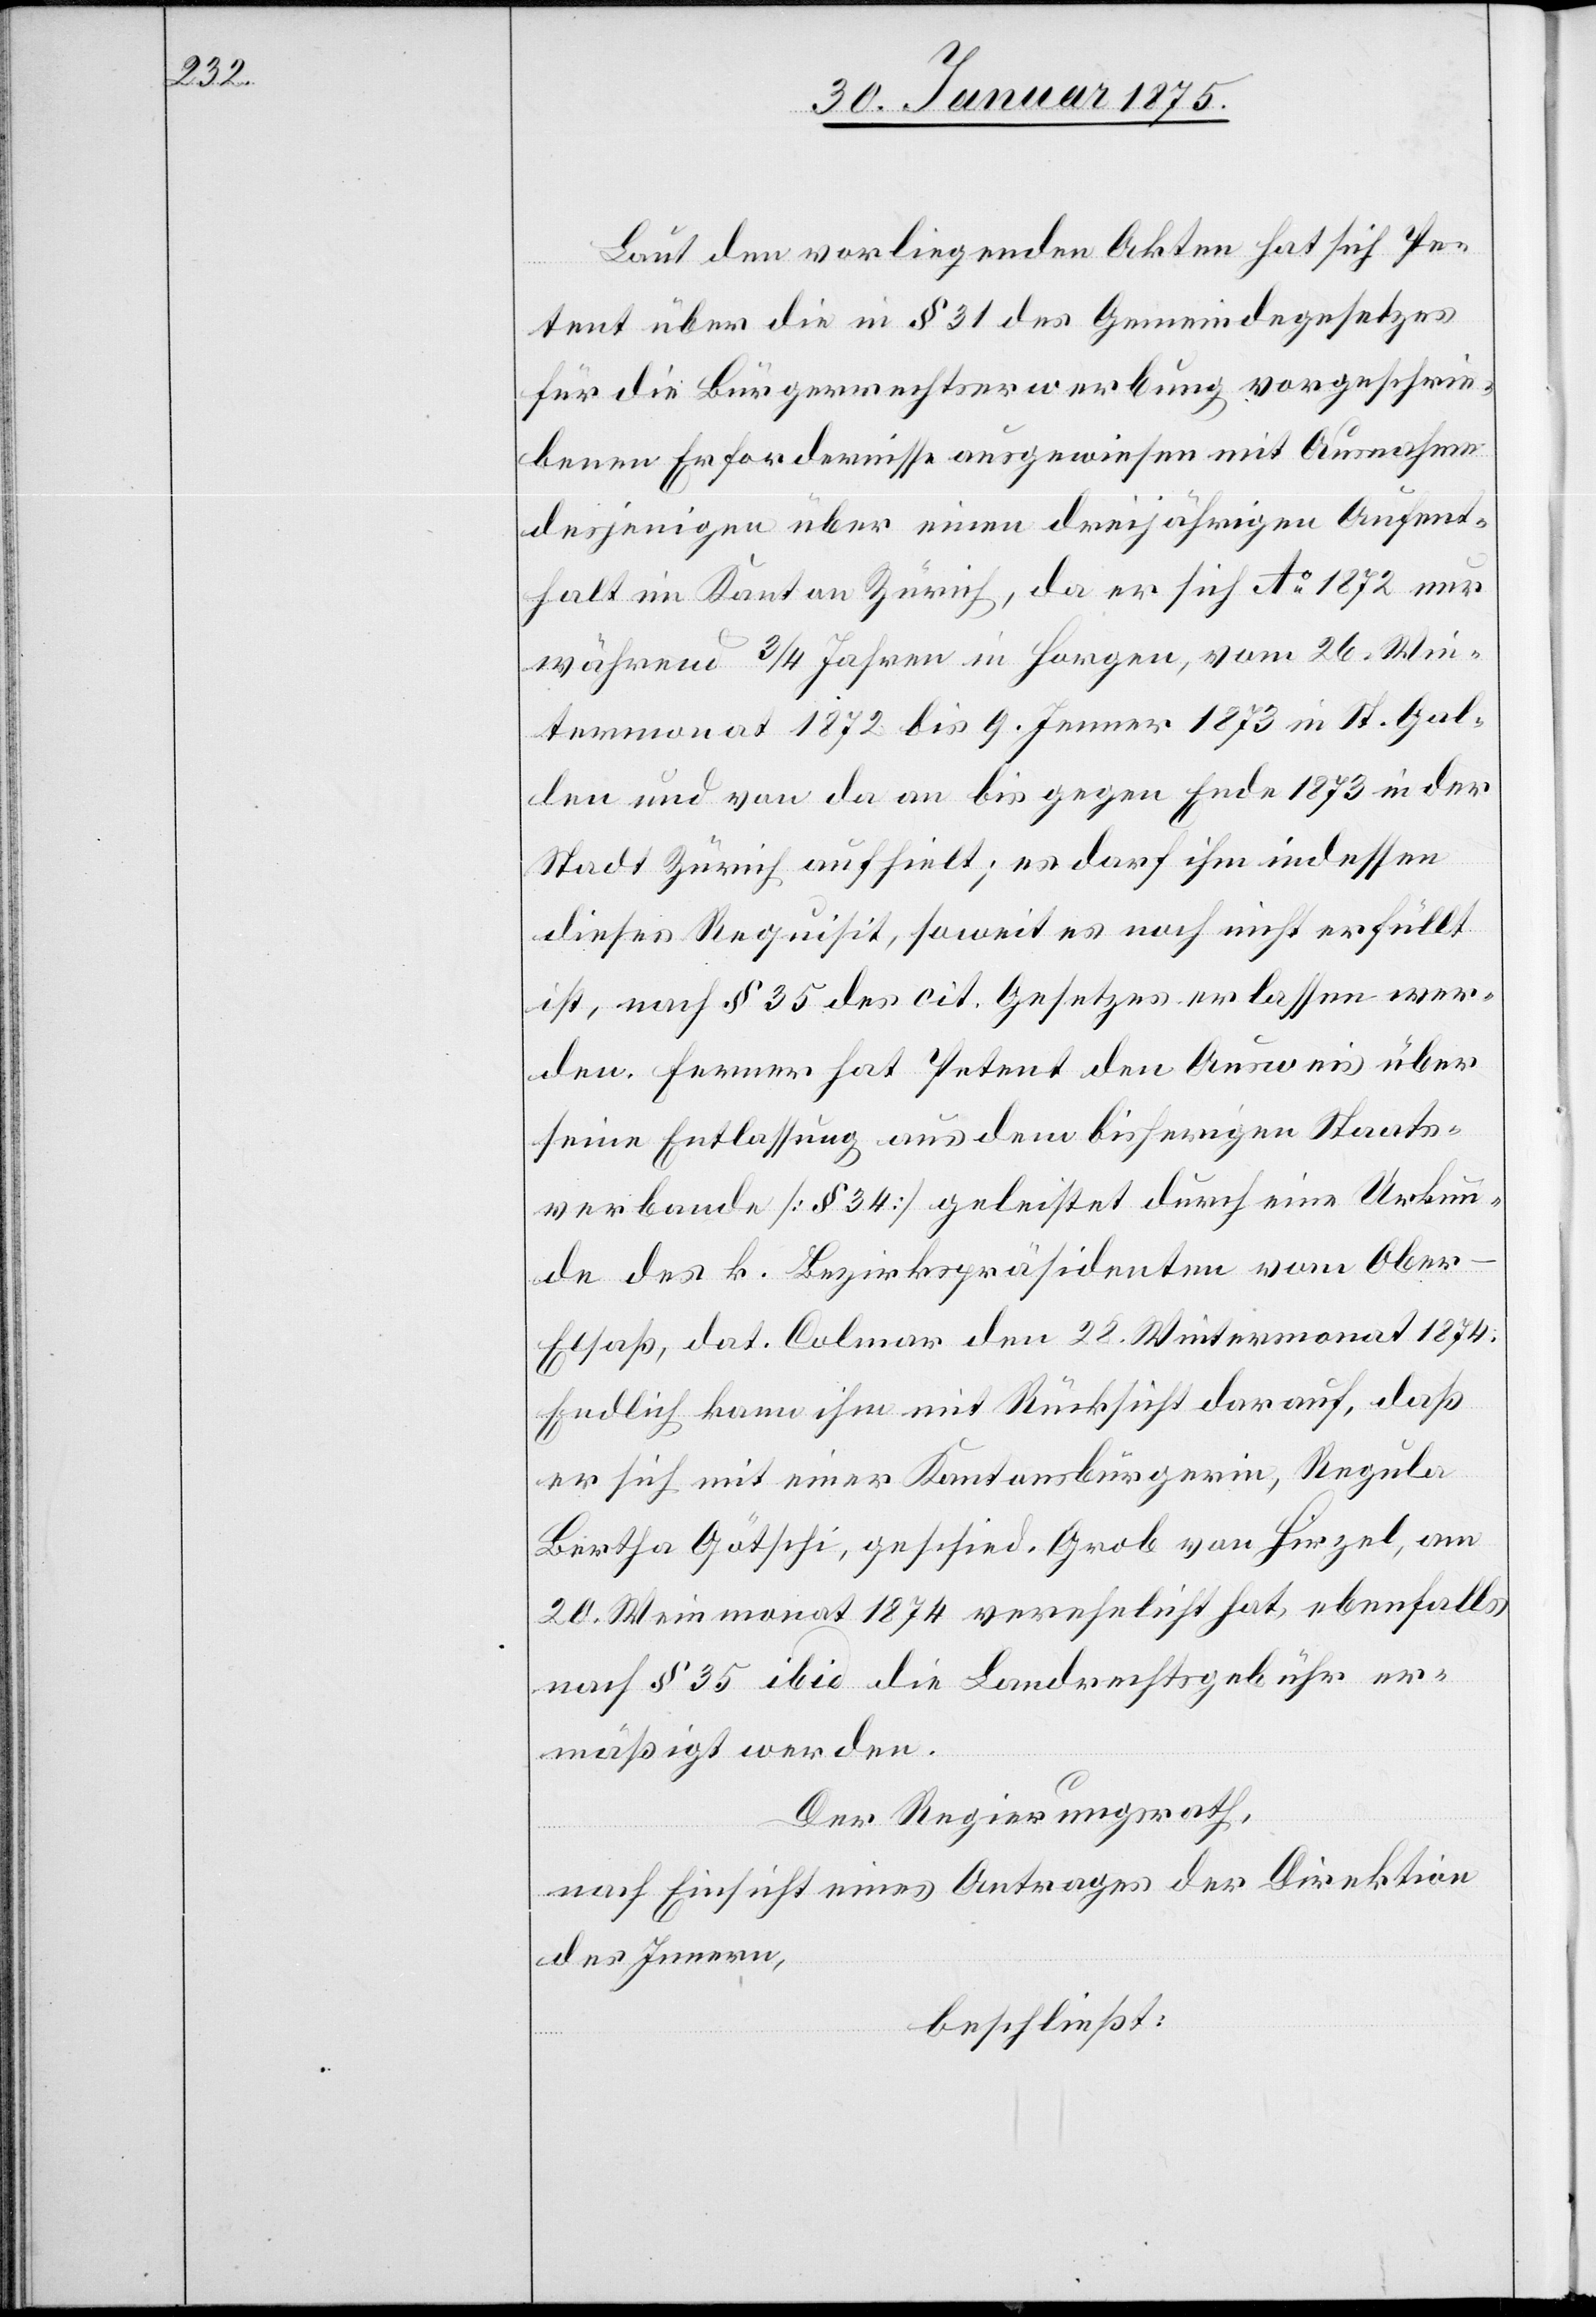
Laut den vorliegenden Akten hat sich Pe¬
tent über die in § 31 des Gemeindegesetzes
für die Bürgerrechtserwerbung vorgeschrie¬
benen Erfordernisse ausgewiesen mit Ausnahme
desjenigen über einen dreijährigen Aufent¬
halt im Kanton Zürich, da er sich Ao 1872 nur
während 3/4 Jahren in Horgen, vom 26. Win¬
termonat 1872 bis 9. Jenner 1873 in St. Gal¬
len und von da an bis gegen Ende 1873 in der
Stadt Zürich aufhielt; es darf ihm indessen
dieses Requisit, soweit es noch nicht erfüllt
ist, nach § 35 des cit. Gesetzes erlassen wer¬
den. Ferner hat Petent den Ausweis über
seine Entlassung aus dem bisherigen Staats¬
verbande (§ 34) geleistet durch eine Urkun¬
de des k. Bezirkspräsidenten vom Ober-E¬
lsaß, dat. Colmar den 28. Wintermonat 1874.
Endlich kann ihm mit Rücksicht darauf, daß
er sich mit einer Kantonsbürgerin, Regula
Bertha Götschi, geschied. Grob von Hirzel, am
20. Weinmonat 1874 verehelicht hat, ebenfalls
nach § 35 ibid die Landrechtgebühr er¬
mäßigt werden.
Der Regierungsrath,
nach Einsicht eines Antrages der Direktion
des Innern,
beschließt: